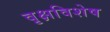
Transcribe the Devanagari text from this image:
वृक्षविशेष